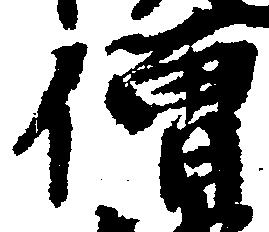
僧